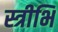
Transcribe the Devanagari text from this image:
स्त्रीभि